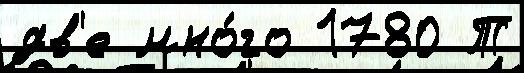
дв'е мно́го 1780 Т